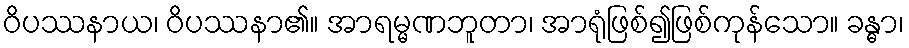
ဝိပဿနာယ၊ ဝိပဿနာ၏။ အာရမ္မဏဘူတာ၊ အာရုံဖြစ်၍ဖြစ်ကုန်သော။ ခန္ဓာ၊